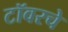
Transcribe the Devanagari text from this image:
टॉवरचे